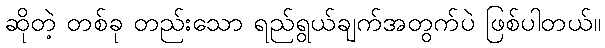
ဆိုတဲ့ တစ်ခု တည်းသော ရည်ရွယ်ချက်အတွက်ပဲ ဖြစ်ပါတယ်။